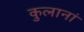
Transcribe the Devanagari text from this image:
कुलानां